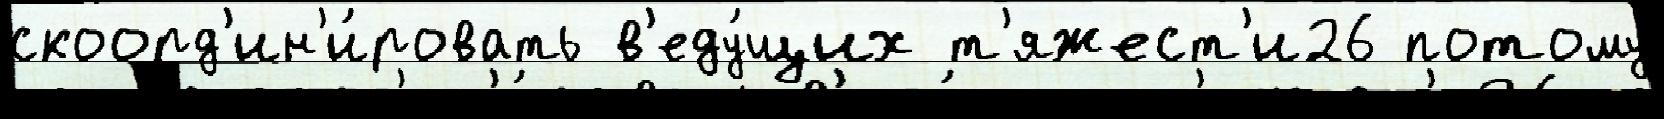
скоорд'ин'и́ровать в'еду́щих т'яжест'и26 потому́